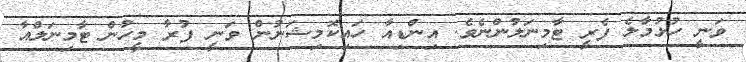
ވަނީ ހުޅުމާލެ ފެރީ ޓާމިނަލުންނެވެ. އިންޑިއާ ހައިކޮމިޝަނުން ވަނީ ފުރާ މީހުން ޓާމިނަލްއާ